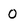
Character: O